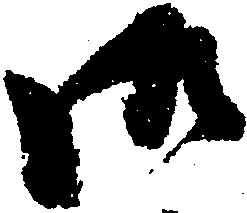
御